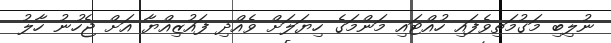
ނުލިބި މަގުމަތިވެފައި ހުއްޓައި މަންމަގެ ހިޔަލަށް ވެއްދި ފައުޒިއްޔާ އަށް ޖެހުނު ހާލު